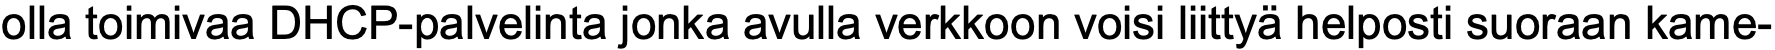
olla toimivaa DHCP-palvelinta jonka avulla verkkoon voisi liittyä helposti suoraan kame-